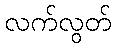
လက်လွတ်